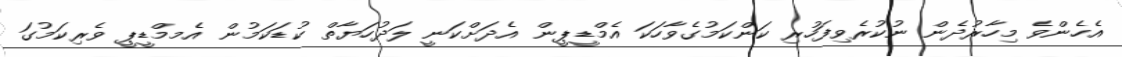
އެހެންވެ މިހާރުދެން ނުކުރެވިފަހުރި ކަންކަމުގެވާހަކަ އެމްޑީޕީން އެދަށްކަނީ ލަދުހަޔާތް ކުޑަކަމުން އެމމްޑީޕީ ވެރިކަމުގަ